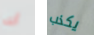
أنك يكذب